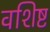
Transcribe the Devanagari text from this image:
वशिष्ट